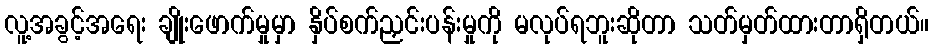
လူ့အခွင့်အရေး ချိုးဖောက်မှုမှာ နှိပ်စက်ညှင်းပန်းမှုကို မလုပ်ရဘူးဆိုတာ သတ်မှတ်ထားတာရှိတယ်။